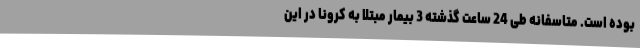
بوده است. متاسفانه طی 24 ساعت گذشته 3 بیمار مبتلا به کرونا در این